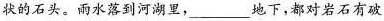
状的石头。雨水落到河湖里，___地下，都对岩石有破